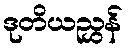
ဒုတိယညွှန်